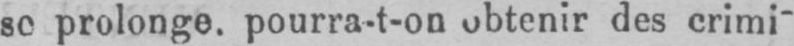
se prolonge, pourra-t-on obtenir des crimi-